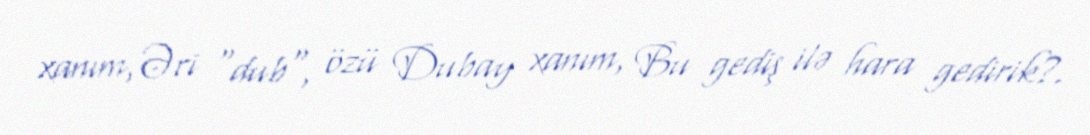
xanım,Əri "dub", özü Dubay xanım, Bu gediş ilə hara gedirik?.